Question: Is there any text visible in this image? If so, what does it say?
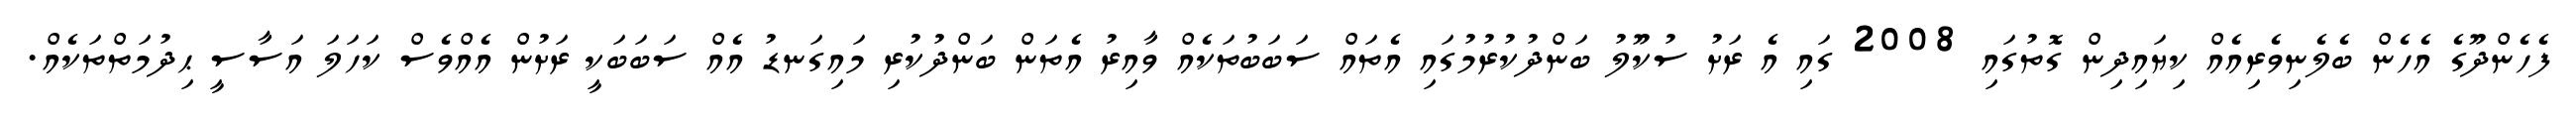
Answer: ފެހެންދޫގެ އެހެން ބެލެނިވެރިއެއް ކިޔައިދިން ގޮތުގައި 2008 ގައި އެ ރަށު ސުކޫލު ބަންދުކުރުމުގައި އެތައް ސަބަބުތަކެއް ވާއިރު އެތަން ބަންދުކުރި މައިގަނޑު އެއް ސަބަބަކީ ރަށުން އެއްވެސް ކަހަލަ އަސާސީ ޙިދުމަތްތަކެއް.